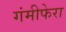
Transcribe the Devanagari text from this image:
गंमीफेरा